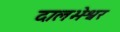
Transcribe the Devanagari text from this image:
दालभेश्वर